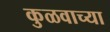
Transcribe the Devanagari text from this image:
कुळवाच्या